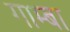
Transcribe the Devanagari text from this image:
गाम्बा